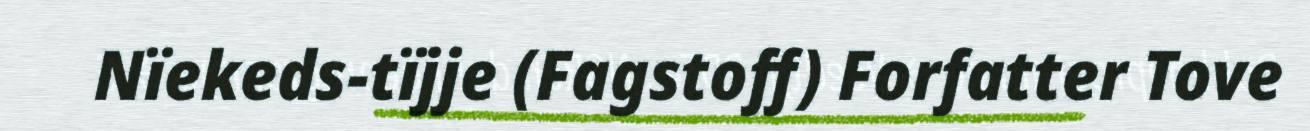
Nïekeds-tïjje (Fagstoff) Forfatter Tove